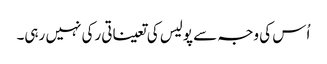
اُس کی وجہ سے پولیس کی تعیناتی رکی نہیں رہی۔